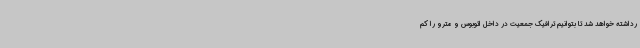
رداشته خواهد شد تا بتوانیم ترافیک جمعیت در داخل اتوبوس و مترو را کم